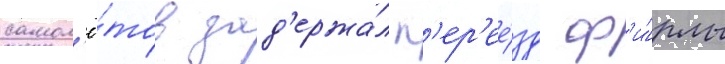
самол'ё́тов зад'ержа́л п'ер'ее́зд ф'и́рмы